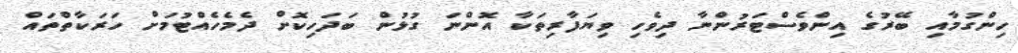
ހިންގުމާއި ބޭރުގެ އިންވެސްޓަރުންނާ ދިވެހި ވިޔަފާރިތަކާ އޮންނަ ގުޅުން ބަދަހިކޮށް ދެމެހެއްޓުމަށް ހަރަކާތްތައް